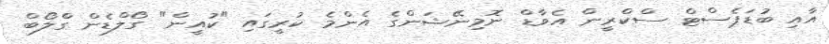
އާއި ބުުޑަޕެސްޓް ސްކްރީން އެވާޑް ނޮމިނޭޝަންގެ އެންމެ ކުރީގައި "ކުއީން" ގޯލްޑެން ގްލޯބް